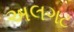
અલગટ